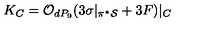
K _ { C } = { \cal O } _ { d P _ { 9 } } ( 3 \sigma | _ { \pi ^ { * } { \cal S } } + 3 F ) | _ { C }